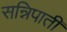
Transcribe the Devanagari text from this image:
सन्निपाती